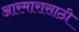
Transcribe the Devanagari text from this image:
आरमारासाठी